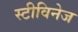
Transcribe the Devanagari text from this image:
स्टीविनेज